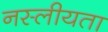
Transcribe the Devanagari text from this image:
नस्लीयता